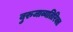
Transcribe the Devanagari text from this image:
बुरुजाव्यतिरिक्त